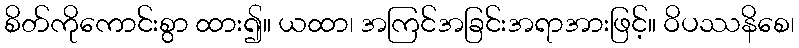
စိတ်ကိုကောင်းစွာ ထား၍။ ယထာ၊ အကြင်အခြင်းအရာအားဖြင့်။ ဝိပဿနိစေ၊